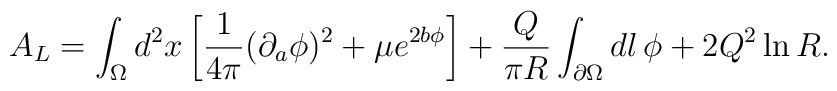
A_L = \int_\Omega d^2x \left[ {1\over 4\pi} (\partial_a \phi)^2 + \mu e^{2b\phi} \right]+{Q\over \pi R}\int_{\partial\Omega} dl \, \phi + 2Q^2 \ln{R}.